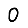
Digit: 0